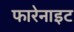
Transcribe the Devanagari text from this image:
फारेनाइट